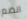
انضم